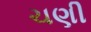
ચણી